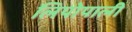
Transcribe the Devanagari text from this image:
लिपोपाली